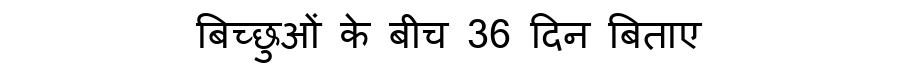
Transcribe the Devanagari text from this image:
बिच्छुओं के बीच 36 दिन बिताए